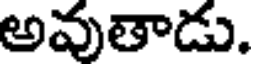
అవుతాడు.